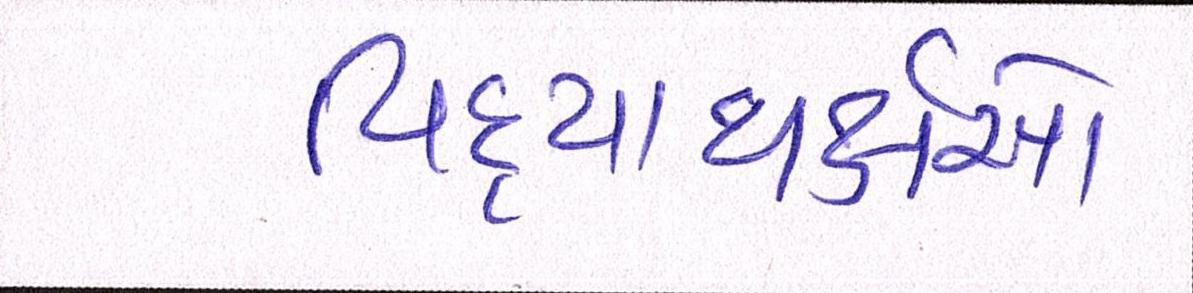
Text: વિદ્યાથર્ક્ષઓ